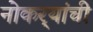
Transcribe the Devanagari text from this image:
नोकर्‍यांची